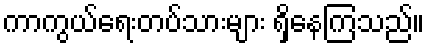
ကာကွယ်ရေးတပ်သားများ ရှိနေကြသည်။